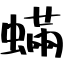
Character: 蟎